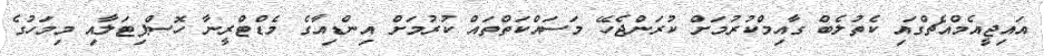
އައިޖީއެމްއެޗްގައި ކެތުލެބް ގާއިމްކުރުމަށް ކުރަންޖެހޭ މަސައްކަތްތައް ކުރުމަށް އިންޑިއާގެ މެޑްޓްރީނާ ހޮސްޕިޓަލާއި މިމަހުގެ